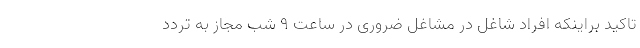
تاکید براینکه افراد شاغل در مشاغل ضروری در ساعت ۹ شب مجاز به تردد